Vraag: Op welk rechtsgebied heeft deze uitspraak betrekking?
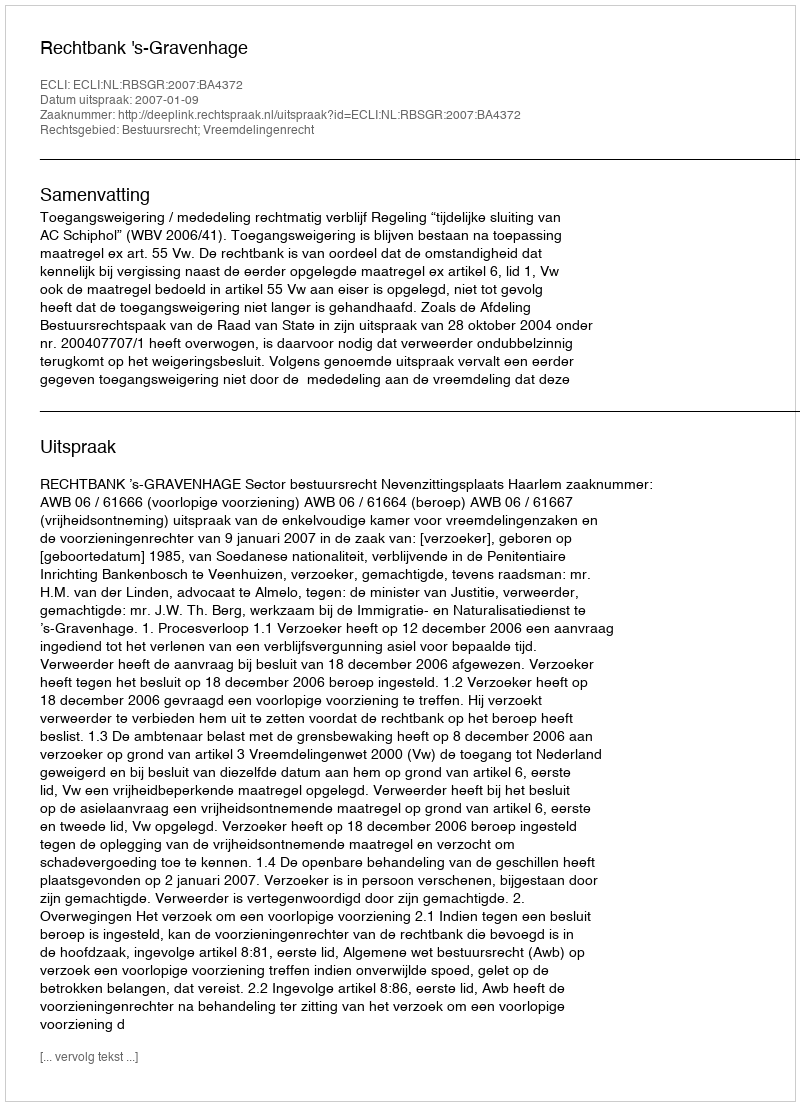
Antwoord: Bestuursrecht; Vreemdelingenrecht